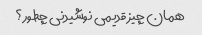
همان چیز قدیمی نوشیدنی چطور؟